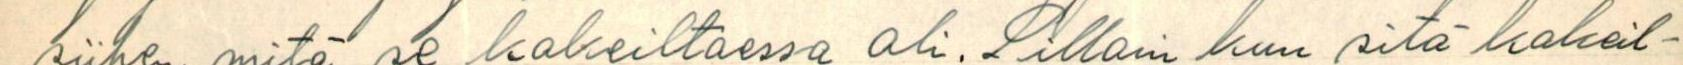
siihen mitä se kokeiltaessa oli. Silloin kun sitä kokeil-